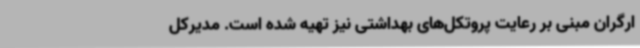
ارگران مبنی بر رعایت پروتکل‌های بهداشتی نیز تهیه شده است. مدیرکل